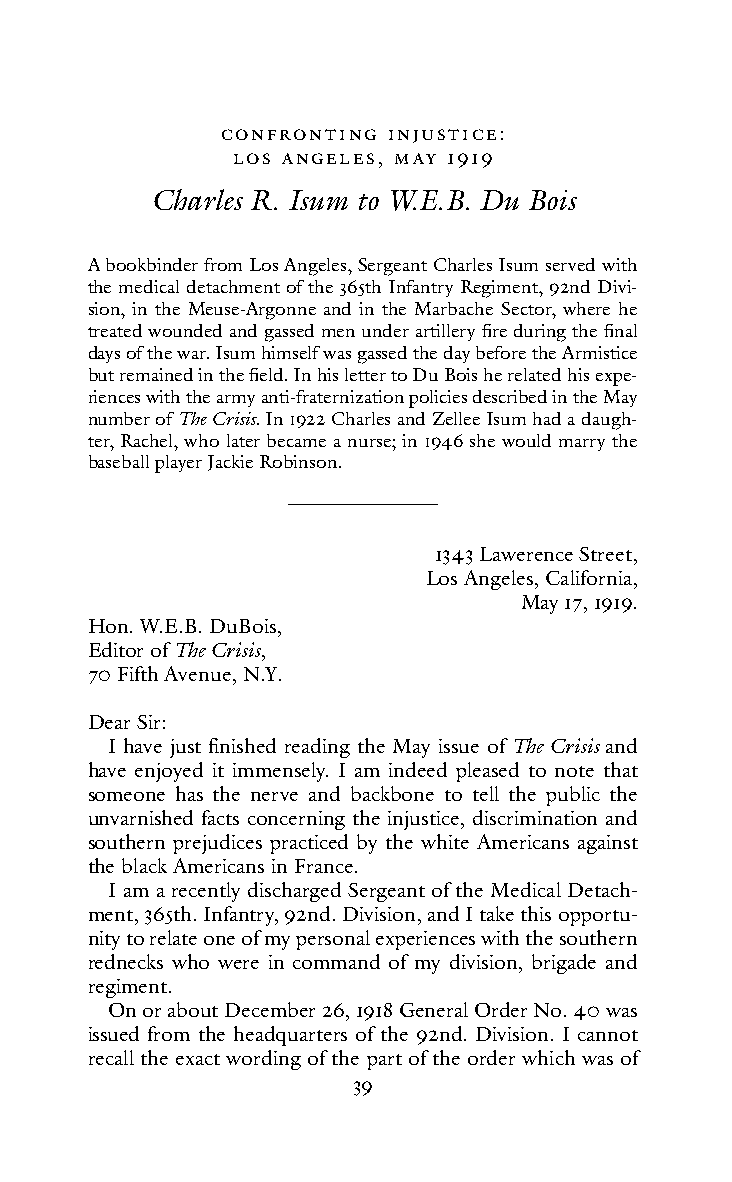
confRontInG InJust Ice:
 Los AnGeL es, MAY 1919
 Charles R. Isum to W.E.B. Du Bois
 A bookbinder from Los Angeles, Sergeant Charles Isum served with
 the medical detachment of the 365th Infantry Regiment, 92nd Divi-
 sion, in the Meuse-Argonne and in the Marbache Sector, where he
 treated wounded and gassed men under artillery fire during the final
 days of the war. Isum himself was gassed the day before the Armistice
 but remained in the field. In his letter to Du Bois he related his expe-
 riences with the army anti-fraternization policies described in the May
 number of The Crisis. In 1922 Charles and Zellee Isum had a daugh-
 ter, Rachel, who later became a nurse; in 1946 she would marry the
 baseball player Jackie Robinson.
 1343 Lawerence Street,
 Los Angeles, California,
 May 17, 1919.
 Hon. W.E.B. DuBois,
 Editor of The Crisis,
 70 Fifth Avenue, N.Y.
 Dear Sir:
 I have just finished reading the May issue of The Crisis and
 have enjoyed it immensely. I am indeed pleased to note that
 someone has the nerve and backbone to tell the public the
 unvarnished facts concerning the injustice, discrimination and
 southern prejudices practiced by the white Americans against
 the black Americans in France.
 I am a recently discharged Sergeant of the Medical Detach-
 ment, 365th. Infantry, 92nd. Division, and I take this opportu-
 nity to relate one of my personal experiences with the southern
 rednecks who were in command of my division, brigade and
 regiment.
 On or about December 26, 1918 General Order No. 40 was
 issued from the headquarters of the 92nd. Division. I cannot
 recall the exact wording of the part of the order which was of
 39